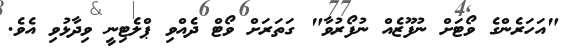
"އަހަރެންގެ ވޯޓަށް ނުފޫޒެއް ނުފޯރުވާ" ގަތަރަށް ވޯޓް ދެއްވި ޕްލެޓިނީ ވިދާޅުވި އެވެ.